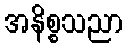
အနိစ္စသညာ